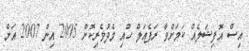
އިސް އޮފިޝަލެއް ކަމަށްވާ ރަފެއަލް ހުއި މެދުވެރިކޮށް 2005 އިން 2007 އަށް